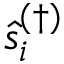
\hat { s } _ { i } ^ { ( \dagger ) }